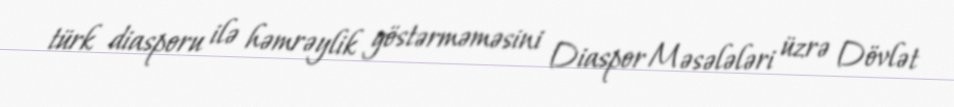
türk diasporu ilə həmrəylik göstərməməsini Diaspor Məsələləri üzrə Dövlət